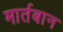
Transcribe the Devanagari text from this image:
मार्तबान